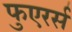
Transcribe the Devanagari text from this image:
फुएरर्स